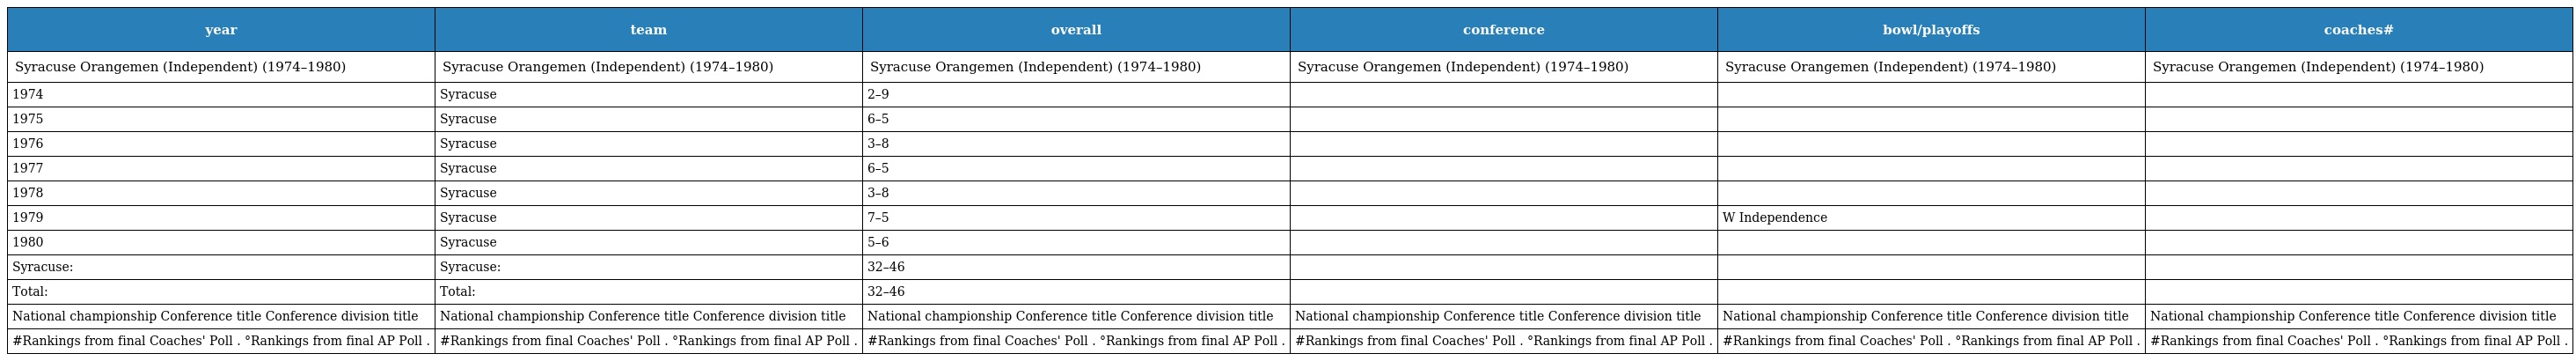
| year | team | overall | conference | bowl/playoffs | coaches# |
 | --- | --- | --- | --- | --- | --- |
 | Syracuse Orangemen (Independent) (1974–1980) | Syracuse Orangemen (Independent) (1974–1980) | Syracuse Orangemen (Independent) (1974–1980) | Syracuse Orangemen (Independent) (1974–1980) | Syracuse Orangemen (Independent) (1974–1980) | Syracuse Orangemen (Independent) (1974–1980) |
 | 1974 | Syracuse | 2–9 |  |  |  |
 | 1975 | Syracuse | 6–5 |  |  |  |
 | 1976 | Syracuse | 3–8 |  |  |  |
 | 1977 | Syracuse | 6–5 |  |  |  |
 | 1978 | Syracuse | 3–8 |  |  |  |
 | 1979 | Syracuse | 7–5 |  | W Independence |  |
 | 1980 | Syracuse | 5–6 |  |  |  |
 | Syracuse: | Syracuse: | 32–46 |  |  |  |
 | Total: | Total: | 32–46 |  |  |  |
 | National championship Conference title Conference division title | National championship Conference title Conference division title | National championship Conference title Conference division title | National championship Conference title Conference division title | National championship Conference title Conference division title | National championship Conference title Conference division title |
 | #Rankings from final Coaches' Poll . °Rankings from final AP Poll . | #Rankings from final Coaches' Poll . °Rankings from final AP Poll . | #Rankings from final Coaches' Poll . °Rankings from final AP Poll . | #Rankings from final Coaches' Poll . °Rankings from final AP Poll . | #Rankings from final Coaches' Poll . °Rankings from final AP Poll . | #Rankings from final Coaches' Poll . °Rankings from final AP Poll . |